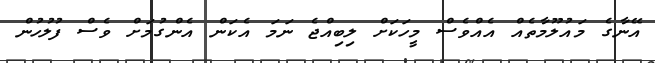
އޭނާގެ މައުލޫމާތެއް އެއްވެސް މީހަކަށް ލިބިއްޖެ ނަމަ އެކަން އެންގުމަށް ވެސް ފުލުހުން